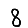
Digit: 8